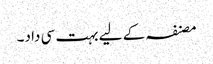
مصنفہ کے لیے بہت سی داد۔